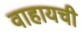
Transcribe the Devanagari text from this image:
वाहायची